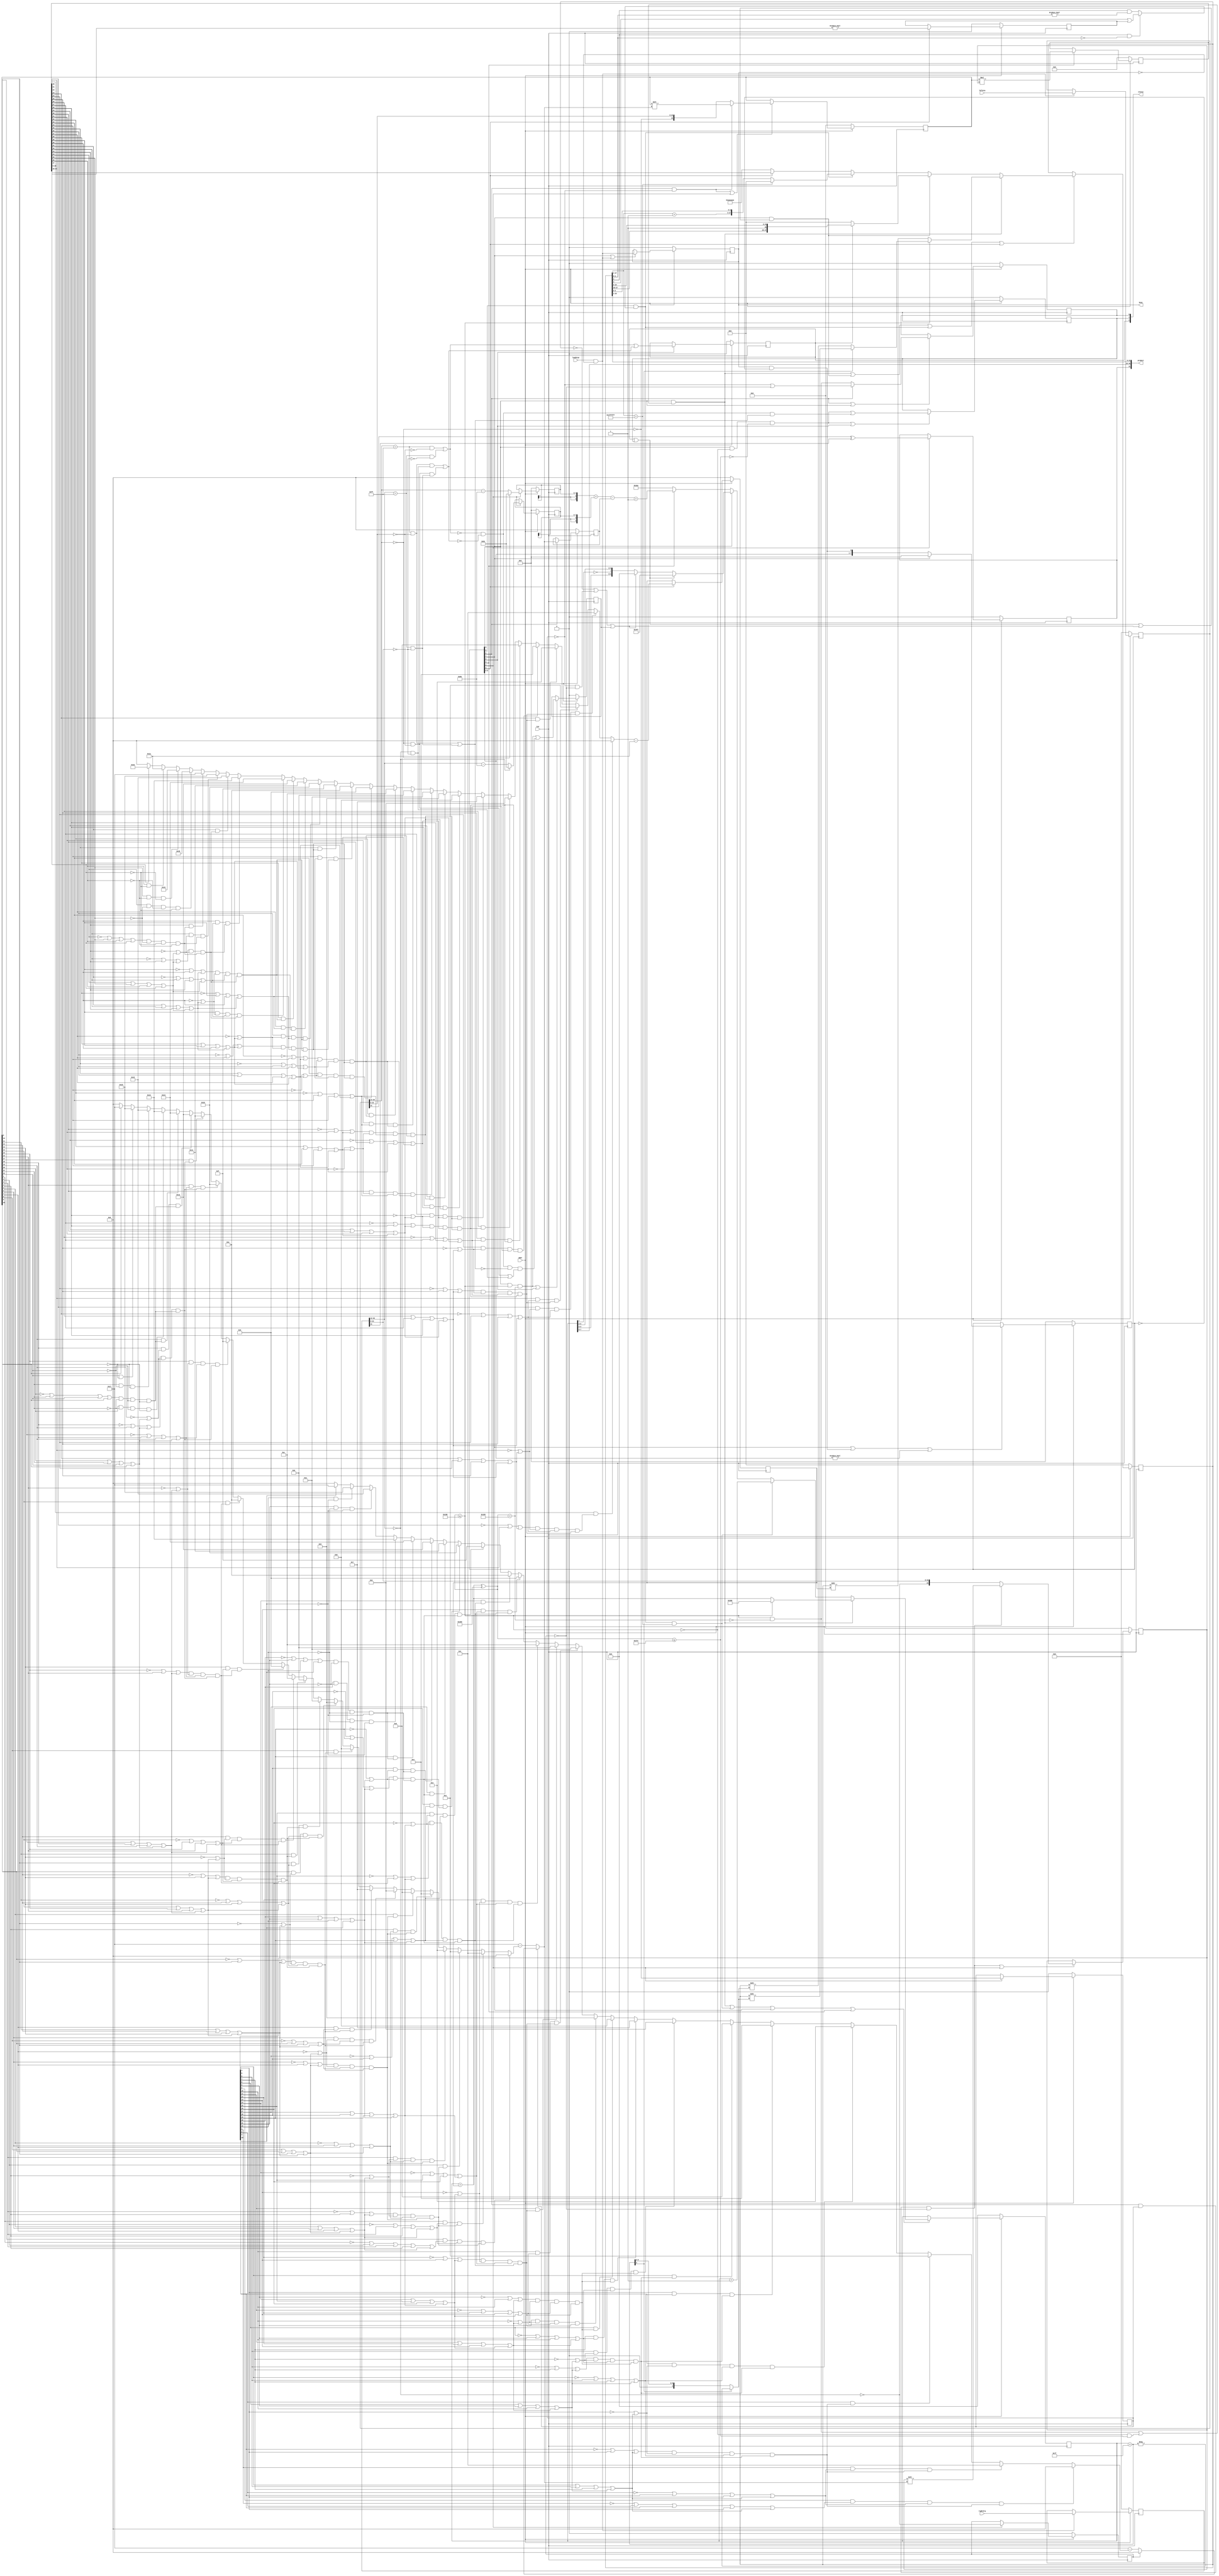
module Float32Mul (CLK, nRST, leftArg, rightArg, loadArgs, status, busy, product);
input CLK;              //Global clock. Rising edge active. 
input nRST;             //Global reset. Active low. 
input [31:0] leftArg;   //Left argument. Bit 31 - sign, Bits 30:23 exponent, Bits 22:0 mantissa. 
input [31:0] rightArg;  //Right argument. Bit 31 - sign, Bits 30:23 exponent, Bits 22:0 mantissa. 
input loadArgs;         //Arguments load strobe. Active high. 
output [2:0] status;    //Status output. Bit 2 - Not a Number, Bit 1 - Infinity, Bit 0 - Denormal. 
output busy;            //busy - high means performing calculations, low means result ready.
output [31:0] product;  //Result. Valid if busy bit is low. Status bits 2:0 denote exceptions. 

wire[31:0]product;wire[2:0]status;wire busy;reg IOOOO1;wire I0OOO1,IIOOO1;reg IlOOO1;wire I1OOO1,IOO0O1;reg I0O0O1;wire IIO0O1,IlO0O1;reg [9:0]I1O0O1;reg [9:0]IOOIO1;wire I0OIO1;reg [47:0]IIOIO1;wire[47:0
]IlOIO1;wire I1OIO1;reg IOOlO1;wire I0OlO1,IIOlO1;reg [31:0]IlOlO1;wire[31:0]I1OlO1;wire IOO1O1;reg [7:0]I0O1O1;wire[7:0]IIO1O1;wire IlO1O1;reg I1O1O1;wire IOOO01,I0OO01;reg [23:0]IIOO01;wire[23:0]IlOO01;wire
I1OO01;reg IOO001;wire I0O001,IIO001;reg [4:0]IlO001;wire[4:0]I1O001;wire IOOI01;reg [31:0]I0OI01;wire[31:0]IIOI01;wire IlOI01;reg [7:0]I1OI01;wire[7:0]IOOl01;wire I0Ol01;reg IIOl01;wire IlOl01,I1Ol01;reg [
23:0]IOO101;wire[23:0]I0O101;wire IIO101;reg IlO101;wire I1O101,IOOOI1;reg I0OOI1;wire IIOOI1,IlOOI1;reg [7:0]I1OOI1;wire[7:0]IOO0I1;wire I0O0I1;reg [4:0]IIO0I1;wire[4:0]IlO0I1;wire I1O0I1;reg IOOII1;wire I0OII1
,IIOII1;reg IlOII1;wire I1OII1,IOOlI1;reg [27:0]I0OlI1;reg [27:0]IIOlI1;wire IlOlI1;wire I1OlI1,IOO1I1,I0O1I1,IIO1I1,IlO1I1,I1O1I1,IOOOl1,I0OOl1,IIOOl1,IlOOl1,I1OOl1,IOO0l1,I0O0l1,IIO0l1,IlO0l1,I1O0l1,IOOIl1
,I0OIl1,IIOIl1,IlOIl1,I1OIl1,IOOll1,I0Oll1,IIOll1;wire[27:0]IlOll1,I1Oll1,IOO1l1;wire[23:0]I0O1l1,IIO1l1,IlO1l1,I1O1l1;wire[9:0]IOOO11,I0OO11,IIOO11,IlOO11;wire I1OO11,IOO011,I0O011,IIO011,IlO011,I1O011
,IOOI11,I0OI11,IIOI11,IlOI11,I1OI11,IOOl11;wire[95:0]I0Ol11;wire[31:0]IIOl11,IlOl11,I1Ol11,IOO111,I0O111,IIO111,IlO111,I1O111,IO0OO1,I00OO1,II0OO1,Il0OO1,I10OO1,IO00O1,I000O1,II00O1,Il00O1,I100O1,IO0IO1
,I00IO1,II0IO1,Il0IO1,I10IO1,IO0lO1,I00lO1,II0lO1,Il0lO1,I10lO1,IO01O1,I001O1,II01O1,Il01O1,I101O1,IO0O01,I00O01,II0O01,Il0O01,I10O01,IO0001,I00001,II0001;wire[27:0]Il0001,I10001,IO0I01,I00I01,II0I01;
wire[9:0]Il0I01,I10I01,IO0l01;wire[4:0]I00l01,II0l01,Il0l01;wire I10l01,IO0101,I00101,II0101,Il0101,I10101,IO0OI1,I00OI1,II0OI1,Il0OI1,I10OI1,IO00I1,I000I1,II00I1,Il00I1,I100I1,IO0II1,I00II1,II0II1,Il0II1
,I10II1,IO0lI1,I00lI1,II0lI1,Il0lI1,I10lI1,IO01I1,I001I1,II01I1,Il01I1,I101I1,IO0Ol1,I00Ol1,II0Ol1,Il0Ol1,I10Ol1,IO00l1,I000l1,II00l1,Il00l1,I100l1,IO0Il1,I00Il1,II0Il1,Il0Il1,I10Il1,IO0ll1,I00ll1,II0ll1
,Il0ll1,I10ll1,IO01l1,I001l1,II01l1,Il01l1,I101l1,IO0O11,I00O11,II0O11,Il0O11,I10O11,IO0011,I00011,II0011,Il0011,I10011,IO0I11,I00I11,II0I11,Il0I11,I10I11,IO0l11,I00l11,II0l11,Il0l11,I10l11,IO0111,I00111
,II0111,Il0111,I10111,IOIOO1,I0IOO1,IIIOO1;assign I1OOl1=1'd1;assign I0Oll1=loadArgs;assign status={IOO001,IOOlO1,I0O0O1};assign busy=IlOOO1;assign product={IOOII1,I1O0O1[7:0],I0OlI1[25:3]};assign IOO0l1
=1'd1;assign IIOll1=1'd1;assign IIO1I1=I1OOI1[0];assign I1O0l1=IIO1I1;assign IlO1I1=I1OOI1[1];assign IOOIl1=IlO1I1;assign IIOOl1=I1OOI1[2];assign I1OIl1=IIOOl1;assign I1OlI1=I1OOI1[3];assign I0O0l1=I1OlI1
;assign IlOOl1=I1OOI1[4];assign IOOll1=IlOOl1;assign I1O1I1=I1OOI1[5];assign I0OIl1=I1O1I1;assign IOOOl1=I1OOI1[6];assign IIOIl1=IOOOl1;assign I0O1I1=I1OOI1[7];assign IlO0l1=I0O1I1;assign I0OOl1=1'd1;
assign IlOIl1=1'd1;assign IOO1I1=loadArgs&& !IlOOO1;assign IIO0l1=IOO1I1;assign I1OO11=I1OOI1[5]&& I10Il1&& Il0Il1;assign IlO011=I1OOI1[5]&& (I10Il1&& !Il0Il1|| !I10Il1&& II0Il1);assign I1O011=I1OOI1[
6]&& I10l01&& I0OlI1[27:3]== 25'd33554431;assign IOOI11=I1OOI1[5]&& !I10Il1&& !II0Il1;assign IIOI11=I1OOI1[2]&& !I1O1O1;assign IlOI11=I1OOI1[2]&& I1O1O1&& !IIOl01;assign I1OI11=I1OOI1[7]&& (IOO001|| IOOlO1
|| IOIOO1);assign IOOl11=I1OOI1[6]&& I10l01;assign IOO011=!I10011&& !I00I11&& !II0I11&& Il0011| Il0111;assign I0O011=!I1O1O1|| !IIOl01;assign IIO011=I10Il1&& !Il0Il1;assign IOOO11=I10Il1 ? 10'd896:Il0I01
;assign I0OO11=I1O0O1+10'd1;assign IIOO11=(IOO001|| IOOlO1)? 10'b1111111111:(IOIOO1 ? 10'd0:{I1O0O1[9:8],~I1O0O1[7],I1O0O1[6:0]});assign IlOO11=({I0O1O1[7],I0O1O1[7],I0O1O1}+{I1OI01[7],I1OI01[7],I1OI01
}-{5'b0,IIO0I1})+10'd1;assign I0OI11=!I10011&& !I00I11&& II0I11;assign I0O1l1=IIOO01<< I00l01;assign IIO1l1={I0IOO1,IlOlO1[22:0]};assign IlO1l1=IOO101<< I00l01;assign I1O1l1={IIIOO1,I0OI01[22:0]};assign
IlOll1=I10Il1 ? (I10I01[9]? Il0001:I10001):IO0I01;assign I1Oll1=IOO001 ? II0I01:28'd0;assign IOO1l1=(I0OlI1[27:3]== 25'd33554431)? 28'd0:I00I01;assign I0OOO1=I1OO11|| IOO011;assign IIOOO1=I1OOI1[5]&& I10Il1
&& Il0Il1|| I1OOI1[0];assign I1OOO1=IIO0l1;assign IOO0O1=I1OOI1[7]|| IIO0l1;assign IIO0O1=I1OOI1[2]? I0O011:IIO011;assign IlO0O1=I1OOI1[2]|| I1OOI1[5];always @(IlO011 or IOOO11 or I1O011 or I0OO11 or I1OOI1
or IIOO11 or IlOO11)begin case (1'b1)IlO011:IOOIO1=IOOO11;I1O011:IOOIO1=I0OO11;I1OOI1[7]:IOOIO1=IIOO11;I1OOI1[3]:IOOIO1=IlOO11;default :IOOIO1=10'b1010101010;endcase end assign I0OIO1=IlO011|| I1OOI1[6
]&& I10l01&& I0OlI1[27:3]== 25'd33554431|| I1OOI1[7]|| I1OOI1[3];assign IlOIO1=I0Ol11[47:0];assign I1OIO1=I1OlI1;assign I0OlO1=IOOI11|| I0OI11;assign IIOlO1=I1OOI1[5]&& !I10Il1&& !II0Il1|| I1OOI1[0];assign
I1OlO1=leftArg;assign IOO1O1=IOO1I1;assign IIO1O1=I101l1 ? 8'h81:IlOlO1[30:23]-8'd128;assign IlO1O1=IlO1I1;assign IOOO01=I0IOO1;assign I0OO01=IlO1I1;assign IlOO01=IIOI11 ? I0O1l1:IIO1l1;assign I1OO01=I1OOI1
[2]&& !I1O1O1|| I1OOI1[1];assign I0O001=I10011|| I00I11;assign IIO001=IIO1I1;assign I1O001=IIOl11[4:0]-5'd26;assign IOOI01=IlOOl1;assign IIOI01=rightArg;assign IlOI01=IOO1I1;assign IOOl01=I10I11 ? 8'h81
:I0OI01[30:23]-8'd128;assign I0Ol01=IlO1I1;assign IlOl01=IIIOO1;assign I1Ol01=IlO1I1;assign I0O101=IlOI11 ? IlO1l1:I1O1l1;assign IIO101=I1OOI1[2]&& I1O1O1&& !IIOl01|| I1OOI1[1];assign I1O101=1'b0;assign
IOOOI1=1'b0;assign IIOOI1=1'b0;assign IlOOI1=1'b0;assign IOO0I1=I1OOI1[7]? 8'h0:{I1OOI1[6:0],IlOOO1&& I1OOI1== 8'd0};assign I0O0I1=I1OOI1[7]|| IlOOO1&& I1OOI1== 8'd0|| I1OOI1[6:0]!= 7'd0;assign IlO0I1
=I00l01;assign I1O0I1=IIOOl1;assign I0OII1=IlOlO1[31]^ I0OI01[31];assign IIOII1=IlO1I1;assign I1OII1=IIOIO1[20:0]!= 21'd0;assign IOOlI1=IlOOl1;always @(IlO011 or IlOll1 or I1OI11 or I1Oll1 or IOOl11 or IOO1l1
or I1OOI1 or IIOIO1)begin case (1'b1)IlO011:IIOlI1=IlOll1;I1OI11:IIOlI1=I1Oll1;IOOl11:IIOlI1=IOO1l1;I1OOI1[4]:IIOlI1=IIOIO1[47:20];default :IIOlI1=28'b1010101010101010101010101010;endcase end assign IlOlI1
=IlO011|| I1OOI1[7]&& (IOO001|| IOOlO1|| IOIOO1)|| I1OOI1[6]&& I10l01|| I1OOI1[4];assign IIOl11=(IIOIO1[20]&& IO0101)? 32'd0:((IIOIO1[21]&& (!IIOIO1[22]|| IO0ll1)&& I00101&& II0101)? 32'd1:IlOl11);assign
IlOl11=(IIOIO1[22]&& I00101&& II0101)? 32'd2:I1Ol11;assign I1Ol11=(IIOIO1[23]&& II0101)? 32'd3:((IIOIO1[24]&& (!IIOIO1[25]|| I00ll1)&& Il0101&& I10101)? 32'd4:IOO111);assign IOO111=(IIOIO1[25]&& Il0101
&& I10101)? 32'd5:I0O111;assign I0O111=(IIOIO1[26]&& I10101)? 32'd6:((IIOIO1[27]&& (!IIOIO1[28]|| II0ll1)&& IO0OI1&& I00OI1)? 32'd7:IIO111);assign IIO111=(IIOIO1[28]&& IO0OI1&& I00OI1)? 32'd8:IlO111;assign
IlO111=(IIOIO1[29]&& I00OI1)? 32'd9:((IIOIO1[30]&& (!IIOIO1[31]|| Il0ll1)&& II0OI1&& Il0OI1)? 32'd10:I1O111);assign I1O111=(IIOIO1[31]&& II0OI1&& Il0OI1)? 32'd11:IO0OO1;assign IO0OO1=(IIOIO1[32]&& Il0OI1
)? 32'd12:((IIOIO1[33]&& (!IIOIO1[34]|| I10ll1)&& I10OI1&& IO00I1)? 32'd13:I00OO1);assign I00OO1=(IIOIO1[34]&& I10OI1&& IO00I1)? 32'd14:II0OO1;assign II0OO1=(IIOIO1[35]&& IO00I1)? 32'd15:((IIOIO1[36]&&
(!IIOIO1[37]|| IO01l1)&& I000I1&& II00I1)? 32'd16:Il0OO1);assign Il0OO1=(IIOIO1[37]&& I000I1&& II00I1)? 32'd17:I10OO1;assign I10OO1=(IIOIO1[38]&& II00I1)? 32'd18:((IIOIO1[39]&& (!IIOIO1[40]|| I001l1)&&
Il00I1&& I100I1)? 32'd19:IO00O1);assign IO00O1=(IIOIO1[40]&& Il00I1&& I100I1)? 32'd20:I000O1;assign I000O1=(IIOIO1[41]&& I100I1)? 32'd21:((IIOIO1[42]&& (!IIOIO1[43]|| II01l1)&& IO0II1)? 32'd22:((IIOIO1
[43]&& IO0II1)? 32'd23:((IIOIO1[44]&& !IIOIO1[45]&& !IIOIO1[46]&& !IIOIO1[47])? 32'd24:((IIOIO1[45]&& !IIOIO1[46]&& !IIOIO1[47])? 32'd25:((IIOIO1[46]&& !IIOIO1[47])? 32'd26:(IIOIO1[47]? 32'd27:32'd0))
))));assign II00O1=I00O11 ? 32'd0:I10IO1;assign Il00O1=(IIOO01[10]&& I00II1&& II0II1)? 32'd10:I100O1;assign I100O1=(IIOO01[11]&& II0II1)? 32'd11:((IIOO01[12]&& (!IIOO01[13]|| Il0O11)&& Il0II1&& I10II1)
? 32'd12:IO0IO1);assign IO0IO1=(IIOO01[13]&& Il0II1&& I10II1)? 32'd13:I00IO1;assign I00IO1=(IIOO01[14]&& I10II1)? 32'd14:((IIOO01[15]&& (!IIOO01[16]|| I10O11)&& IO0lI1&& I00lI1)? 32'd15:II0IO1);assign
II0IO1=(IIOO01[16]&& IO0lI1&& I00lI1)? 32'd16:Il0IO1;assign Il0IO1=(IIOO01[17]&& I00lI1)? 32'd17:((IIOO01[18]&& (!IIOO01[19]|| IO0011)&& II0lI1)? 32'd18:((IIOO01[19]&& II0lI1)? 32'd19:((IIOO01[20]&& !
IIOO01[21]&& !IIOO01[22]&& !IIOO01[23])? 32'd20:((IIOO01[21]&& !IIOO01[22]&& !IIOO01[23])? 32'd21:((IIOO01[22]&& !IIOO01[23])? 32'd22:(IIOO01[23]? 32'd23:32'd0))))));assign I10IO1=(IIOO01[1]&& Il0lI1&&
I10lI1)? 32'd1:IO0lO1;assign IO0lO1=(IIOO01[2]&& I10lI1)? 32'd2:((IIOO01[3]&& (!IIOO01[4]|| I00011)&& IO01I1&& I001I1)? 32'd3:I00lO1);assign I00lO1=(IIOO01[4]&& IO01I1&& I001I1)? 32'd4:II0lO1;assign II0lO1
=(IIOO01[5]&& I001I1)? 32'd5:((IIOO01[6]&& (!IIOO01[7]|| II0011)&& II01I1&& Il01I1)? 32'd6:Il0lO1);assign Il0lO1=(IIOO01[7]&& II01I1&& Il01I1)? 32'd7:I10lO1;assign I10lO1=(IIOO01[8]&& Il01I1)? 32'd8:(
(IIOO01[9]&& (!IIOO01[10]|| II0O11)&& I00II1&& II0II1)? 32'd9:Il00O1);assign IO01O1=I00l11 ? 32'd0:II0O01;assign I001O1=(IOO101[10]&& I101I1&& IO0Ol1)? 32'd10:II01O1;assign II01O1=(IOO101[11]&& IO0Ol1)
? 32'd11:((IOO101[12]&& (!IOO101[13]|| Il0l11)&& I00Ol1&& II0Ol1)? 32'd12:Il01O1);assign Il01O1=(IOO101[13]&& I00Ol1&& II0Ol1)? 32'd13:I101O1;assign I101O1=(IOO101[14]&& II0Ol1)? 32'd14:((IOO101[15]&&
(!IOO101[16]|| I10l11)&& Il0Ol1&& I10Ol1)? 32'd15:IO0O01);assign IO0O01=(IOO101[16]&& Il0Ol1&& I10Ol1)? 32'd16:I00O01;assign I00O01=(IOO101[17]&& I10Ol1)? 32'd17:((IOO101[18]&& (!IOO101[19]|| IO0111)&&
IO00l1)? 32'd18:((IOO101[19]&& IO00l1)? 32'd19:((IOO101[20]&& !IOO101[21]&& !IOO101[22]&& !IOO101[23])? 32'd20:((IOO101[21]&& !IOO101[22]&& !IOO101[23])? 32'd21:((IOO101[22]&& !IOO101[23])? 32'd22:(IOO101
[23]? 32'd23:32'd0))))));assign II0O01=(IOO101[1]&& I000l1&& II00l1)? 32'd1:Il0O01;assign Il0O01=(IOO101[2]&& II00l1)? 32'd2:((IOO101[3]&& (!IOO101[4]|| I00111)&& Il00l1&& I100l1)? 32'd3:I10O01);assign
I10O01=(IOO101[4]&& Il00l1&& I100l1)? 32'd4:IO0001;assign IO0001=(IOO101[5]&& I100l1)? 32'd5:((IOO101[6]&& (!IOO101[7]|| II0111)&& IO0Il1&& I00Il1)? 32'd6:I00001);assign I00001=(IOO101[7]&& IO0Il1&& I00Il1
)? 32'd7:II0001;assign II0001=(IOO101[8]&& I00Il1)? 32'd8:((IOO101[9]&& (!IOO101[10]|| II0l11)&& I101I1&& IO0Ol1)? 32'd9:I001O1);assign I10l01=(I0OlI1[2]&& I0OlI1[1:0]== 2'b0)? I0OlI1[3]|| IlOII1:I0OlI1
[2]&& I0OlI1[1:0]!= 2'b0;assign IO0101=(!IIOIO1[21]|| IIOIO1[22]|| IO0ll1)&& (!IIOIO1[22]|| IO0ll1)&& I00101&& II0101;assign I00101=!IIOIO1[23]|| IIOIO1[24]|| IIOIO1[25]|| I00ll1;assign II0101=(!IIOIO1
[24]|| IIOIO1[25]|| I00ll1)&& (!IIOIO1[25]|| I00ll1)&& Il0101&& I10101;assign Il0101=!IIOIO1[26]|| IIOIO1[27]|| IIOIO1[28]|| II0ll1;assign I10101=(!IIOIO1[27]|| IIOIO1[28]|| II0ll1)&& (!IIOIO1[28]|| II0ll1
)&& IO0OI1&& I00OI1;assign IO0OI1=!IIOIO1[29]|| IIOIO1[30]|| IIOIO1[31]|| Il0ll1;assign I00OI1=(!IIOIO1[30]|| IIOIO1[31]|| Il0ll1)&& (!IIOIO1[31]|| Il0ll1)&& II0OI1&& Il0OI1;assign II0OI1=!IIOIO1[32]||
IIOIO1[33]|| IIOIO1[34]|| I10ll1;assign Il0OI1=(!IIOIO1[33]|| IIOIO1[34]|| I10ll1)&& (!IIOIO1[34]|| I10ll1)&& I10OI1&& IO00I1;assign I10OI1=!IIOIO1[35]|| IIOIO1[36]|| IIOIO1[37]|| IO01l1;assign IO00I1
=(!IIOIO1[36]|| IIOIO1[37]|| IO01l1)&& (!IIOIO1[37]|| IO01l1)&& I000I1&& II00I1;assign I000I1=!IIOIO1[38]|| IIOIO1[39]|| IIOIO1[40]|| I001l1;assign II00I1=(!IIOIO1[39]|| IIOIO1[40]|| I001l1)&& (!IIOIO1
[40]|| I001l1)&& Il00I1&& I100I1;assign Il00I1=!IIOIO1[41]|| IIOIO1[42]|| IIOIO1[43]|| II01l1;assign I100I1=(!IIOIO1[42]|| IIOIO1[43]|| II01l1)&& (!IIOIO1[43]|| II01l1)&& IO0II1;assign IO0II1=(!IIOIO1
[44]|| IIOIO1[45]|| IIOIO1[46]|| IIOIO1[47])&& !IIOIO1[45]&& !IIOIO1[46]&& !IIOIO1[47];assign I00II1=!IIOO01[11]|| IIOO01[12]|| IIOO01[13]|| Il0O11;assign II0II1=(!IIOO01[12]|| IIOO01[13]|| Il0O11)&& (
!IIOO01[13]|| Il0O11)&& Il0II1&& I10II1;assign Il0II1=!IIOO01[14]|| IIOO01[15]|| IIOO01[16]|| I10O11;assign I10II1=(!IIOO01[15]|| IIOO01[16]|| I10O11)&& (!IIOO01[16]|| I10O11)&& IO0lI1&& I00lI1;assign
IO0lI1=!IIOO01[17]|| IIOO01[18]|| IIOO01[19]|| IO0011;assign I00lI1=(!IIOO01[18]|| IIOO01[19]|| IO0011)&& (!IIOO01[19]|| IO0011)&& II0lI1;assign II0lI1=(!IIOO01[20]|| IIOO01[21]|| IIOO01[22]|| IIOO01[
23])&& !IIOO01[21]&& !IIOO01[22]&& !IIOO01[23];assign Il0lI1=!IIOO01[2]|| IIOO01[3]|| IIOO01[4]|| I00011;assign I10lI1=(!IIOO01[3]|| IIOO01[4]|| I00011)&& (!IIOO01[4]|| I00011)&& IO01I1&& I001I1;assign
IO01I1=!IIOO01[5]|| IIOO01[6]|| IIOO01[7]|| II0011;assign I001I1=(!IIOO01[6]|| IIOO01[7]|| II0011)&& (!IIOO01[7]|| II0011)&& II01I1&& Il01I1;assign II01I1=!IIOO01[8]|| IIOO01[9]|| IIOO01[10]|| II0O11;
assign Il01I1=(!IIOO01[9]|| IIOO01[10]|| II0O11)&& (!IIOO01[10]|| II0O11)&& I00II1&& II0II1;assign I101I1=!IOO101[11]|| IOO101[12]|| IOO101[13]|| Il0l11;assign IO0Ol1=(!IOO101[12]|| IOO101[13]|| Il0l11
)&& (!IOO101[13]|| Il0l11)&& I00Ol1&& II0Ol1;assign I00Ol1=!IOO101[14]|| IOO101[15]|| IOO101[16]|| I10l11;assign II0Ol1=(!IOO101[15]|| IOO101[16]|| I10l11)&& (!IOO101[16]|| I10l11)&& Il0Ol1&& I10Ol1;assign
Il0Ol1=!IOO101[17]|| IOO101[18]|| IOO101[19]|| IO0111;assign I10Ol1=(!IOO101[18]|| IOO101[19]|| IO0111)&& (!IOO101[19]|| IO0111)&& IO00l1;assign IO00l1=(!IOO101[20]|| IOO101[21]|| IOO101[22]|| IOO101[
23])&& !IOO101[21]&& !IOO101[22]&& !IOO101[23];assign I000l1=!IOO101[2]|| IOO101[3]|| IOO101[4]|| I00111;assign II00l1=(!IOO101[3]|| IOO101[4]|| I00111)&& (!IOO101[4]|| I00111)&& Il00l1&& I100l1;assign
Il00l1=!IOO101[5]|| IOO101[6]|| IOO101[7]|| II0111;assign I100l1=(!IOO101[6]|| IOO101[7]|| II0111)&& (!IOO101[7]|| II0111)&& IO0Il1&& I00Il1;assign IO0Il1=!IOO101[8]|| IOO101[9]|| IOO101[10]|| II0l11;
assign I00Il1=(!IOO101[9]|| IOO101[10]|| II0l11)&& (!IOO101[10]|| II0l11)&& I101I1&& IO0Ol1;assign I0Ol11={24'b0,IIOO01}*{24'b0,IOO101};assign I00l01=I1O1O1 ? (IIOl01 ? 5'b0:Il0l01):II0l01;assign II0Il1
=(Il0I01^ 10'h200)<= 10'd638;assign Il0Il1=(Il0I01^ 10'h200)<10'd361;assign I10Il1=(Il0I01^ 10'h200)<= 10'd384;assign Il0I01=I1O0O1+{5'd0,IlO001};assign I10I01=I1O0O1+10'd127;assign IO0ll1=IIOIO1[23]||
IIOIO1[24]|| IIOIO1[25]|| I00ll1;assign I00ll1=IIOIO1[26]|| IIOIO1[27]|| IIOIO1[28]|| II0ll1;assign II0ll1=IIOIO1[29]|| IIOIO1[30]|| IIOIO1[31]|| Il0ll1;assign Il0ll1=IIOIO1[32]|| IIOIO1[33]|| IIOIO1[
34]|| I10ll1;assign I10ll1=IIOIO1[35]|| IIOIO1[36]|| IIOIO1[37]|| IO01l1;assign IO01l1=IIOIO1[38]|| IIOIO1[39]|| IIOIO1[40]|| I001l1;assign I001l1=IIOIO1[41]|| IIOIO1[42]|| IIOIO1[43]|| II01l1;assign II01l1
=IIOIO1[44]|| IIOIO1[45]|| IIOIO1[46]|| IIOIO1[47];assign Il01l1=IlOlO1[30:23]== 8'hff;assign I101l1=IlOlO1[30:23]== 8'h0;assign IO0O11=IlOlO1[22:0]== 23'b0;assign I00O11=IIOO01[0]&& (!IIOO01[1]|| IIOO01
[2]|| IIOO01[3]|| IIOO01[4]|| I00011)&& Il0lI1&& I10lI1;assign II0O11=IIOO01[11]|| IIOO01[12]|| IIOO01[13]|| Il0O11;assign Il0O11=IIOO01[14]|| IIOO01[15]|| IIOO01[16]|| I10O11;assign I10O11=IIOO01[17]
|| IIOO01[18]|| IIOO01[19]|| IO0011;assign IO0011=IIOO01[20]|| IIOO01[21]|| IIOO01[22]|| IIOO01[23];assign I00011=IIOO01[5]|| IIOO01[6]|| IIOO01[7]|| II0011;assign II0011=IIOO01[8]|| IIOO01[9]|| IIOO01
[10]|| II0O11;assign Il0011=I101l1& IO0O11;assign I10011=Il01l1& ~IO0O11| Il0I11& ~IO0l11;assign IO0I11=Il01l1& IO0O11;assign I00I11=IO0I11& Il0111| Il0011& I10111;assign II0I11=IO0I11| I10111;assign Il0I11
=I0OI01[30:23]== 8'hff;assign I10I11=I0OI01[30:23]== 8'h0;assign IO0l11=I0OI01[22:0]== 23'b0;assign I00l11=IOO101[0]&& (!IOO101[1]|| IOO101[2]|| IOO101[3]|| IOO101[4]|| I00111)&& I000l1&& II00l1;assign
II0l11=IOO101[11]|| IOO101[12]|| IOO101[13]|| Il0l11;assign Il0l11=IOO101[14]|| IOO101[15]|| IOO101[16]|| I10l11;assign I10l11=IOO101[17]|| IOO101[18]|| IOO101[19]|| IO0111;assign IO0111=IOO101[20]|| IOO101
[21]|| IOO101[22]|| IOO101[23];assign I00111=IOO101[5]|| IOO101[6]|| IOO101[7]|| II0111;assign II0111=IOO101[8]|| IOO101[9]|| IOO101[10]|| II0l11;assign Il0111=I10I11& IO0l11;assign I10111=Il0I11& IO0l11
;assign II0l01=5'd23-II00O1[4:0];assign Il0l01=5'd23-IO01O1[4:0];assign IOIOO1=I0OlI1== 28'd0|| !I1O1O1&& !IIOl01|| IOOOO1;assign Il0001=I0OlI1>> IO0l01;assign IO0l01=I10I01[9]? -I10I01:I10I01;assign I10001
=I0OlI1<< IO0l01;assign IO0I01=I0OlI1>> IlO001;assign I00I01={I0OlI1[27:3]+25'd1,I0OlI1[2:0]};assign II0I01={I0OlI1[27:26],1'b1,I0OlI1[24:0]};assign I0IOO1=~I101l1;assign IIIOO1=~I10I11;always @(posedge
CLK)begin if(!nRST)begin IOOOO1<= 1'b0;IlOOO1<= 1'b0;I0O0O1<= 1'd0;I1O0O1<= 10'h0;IIOIO1<= 48'h0;IOOlO1<= 1'b0;IlOlO1<= 32'd0;I0O1O1<= 8'h0;I1O1O1<= 1'd0;IIOO01<= 24'h0;IOO001<= 1'b0;IlO001<= 5'h0;I0OI01
<= 32'd0;I1OI01<= 8'h0;IIOl01<= 1'd0;IOO101<= 24'h0;IlO101<= 1'd0;I0OOI1<= 1'd0;I1OOI1<= 8'd0;IIO0I1<= 5'h0;IOOII1<= 1'd0;IlOII1<= 1'd0;I0OlI1<= 28'h0;end else begin if(IIOOO1)IOOOO1<= I0OOO1;if(IOO0O1
)IlOOO1<= I1OOO1;if(IlO0O1)I0O0O1<= IIO0O1;if(I0OIO1)I1O0O1<= IOOIO1;if(I1OIO1)IIOIO1<= IlOIO1;if(IIOlO1)IOOlO1<= I0OlO1;if(IOO1O1)IlOlO1<= I1OlO1;if(IlO1O1)I0O1O1<= IIO1O1;if(I0OO01)I1O1O1<= IOOO01;if
(I1OO01)IIOO01<= IlOO01;if(IIO001)IOO001<= I0O001;if(IOOI01)IlO001<= I1O001;if(IlOI01)I0OI01<= IIOI01;if(I0Ol01)I1OI01<= IOOl01;if(I1Ol01)IIOl01<= IlOl01;if(IIO101)IOO101<= I0O101;if(IOOOI1)IlO101<= I1O101
;if(IlOOI1)I0OOI1<= IIOOI1;if(I0O0I1)I1OOI1<= IOO0I1;if(I1O0I1)IIO0I1<= IlO0I1;if(IIOII1)IOOII1<= I0OII1;if(IOOlI1)IlOII1<= I1OII1;if(IlOlI1)I0OlI1<= IIOlI1;end end endmodule